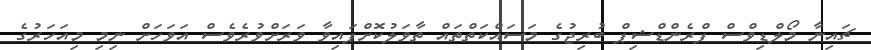
ޗައިނާ މޯލްޑިވްސް ފްރެންޑްޝިޕް ބުރިޖުގެ މަސައްކަތްތައް ތާވަލުކޮށްފައިވާ ވަރަށްވުރެވެސް އަވަހަށް ނިމި މިއަހަރުގެ